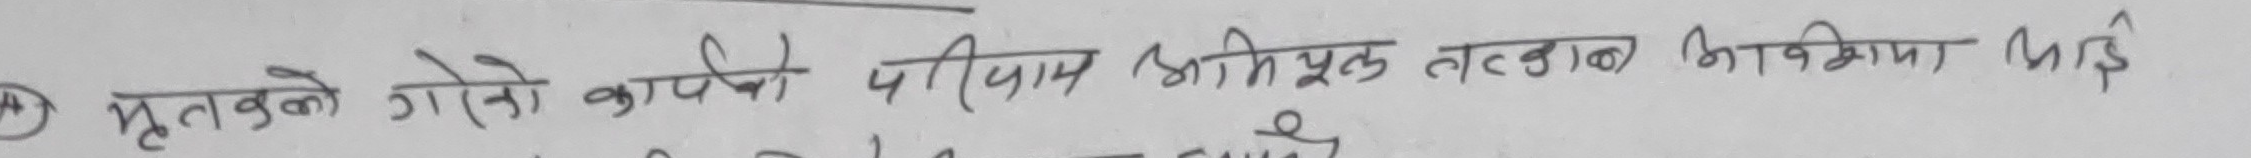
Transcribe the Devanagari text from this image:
मृतवने गोरेको कार्यको परिणाम अभिमुख तहकाव अभिक्रिया पाई